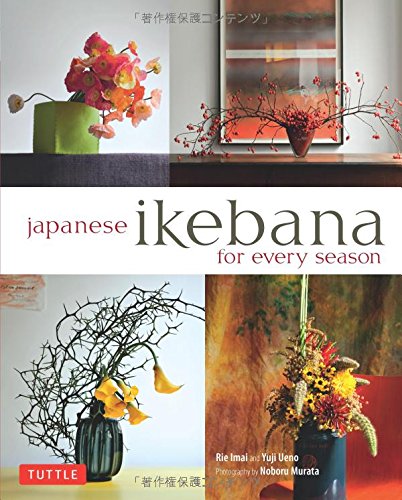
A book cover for Japanese Ikebana for Every Season: .; Yuji Ueno; Crafts, Hobbies & Home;